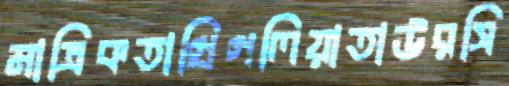
মাত্রিকতাগ্রিগলিয়াতাউরসি